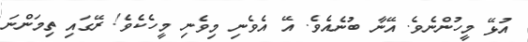
އުޅޭ މީހުންނެވެ. އޭނާ ބުނެއެވެ. އޭ އެވެނި މިވެނި މީހެކެވެ! ރޭގައި ތިމަންނަ